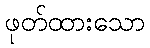
ဖုတ်ထားသော